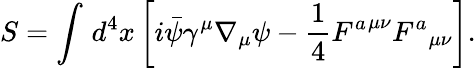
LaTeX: S=\int_{}^{}d^{4}x\left[i\bar{\psi}\gamma^{\mu}\nabla_{\mu}\psi-\frac{1}{4}{F^{a}}^{\mu\nu}{F^{a}}_{\mu\nu}\right].